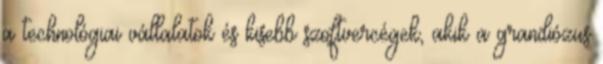
a technológiai vállalatok és kisebb szoftvercégek, akik a grandiózus